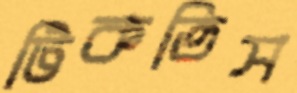
টিকতিস